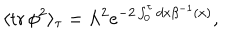
\langle \mathrm { t r } \, \phi ^ { 2 } \rangle _ { \tau } = \Lambda ^ { 2 } e ^ { - 2 \int _ { 0 } ^ { \tau } { d x \beta ^ { - 1 } ( x ) } } ,